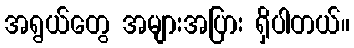
အရွယ်တွေ အများအပြား ရှိပါတယ်။